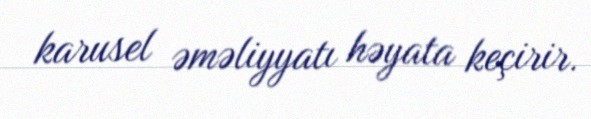
karusel əməliyyatı həyata keçirir.